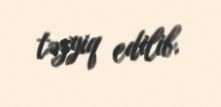
təzyiq edilib.